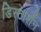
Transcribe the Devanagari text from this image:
डिस्टार्शन